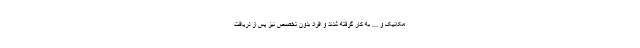
مکانیک و ... به کار گرفته شدند و افراد بدون تخصص نیز پس از دریافت